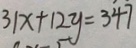
3 1 x + 1 2 y = 3 4 7